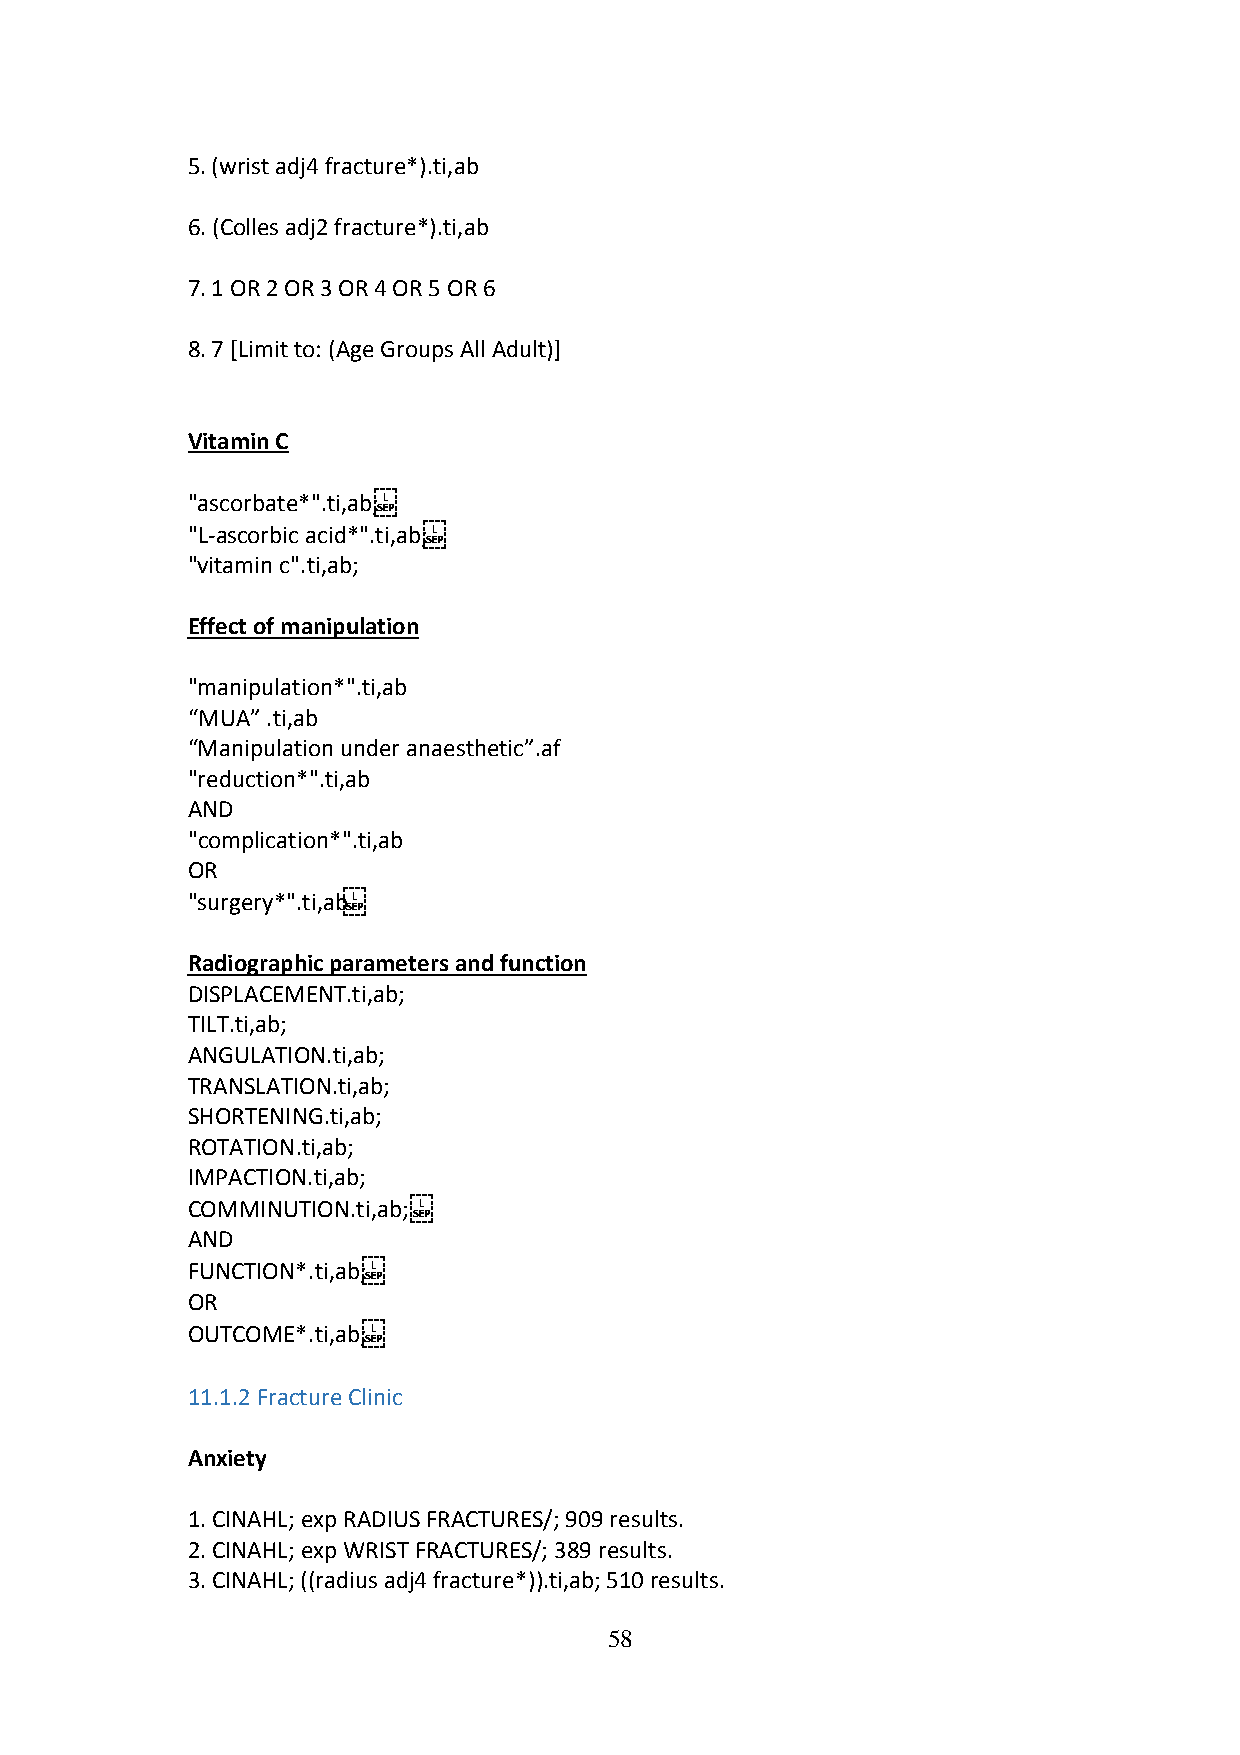
5. (wrist adj4 fracture*).ti,ab
 6. (Colles adj2 fracture*).ti,ab
 7. 1 OR 2 OR 3 OR 4 OR 5 OR 6
 8. 7 [Limit to: (Age Groups All Adult)]
 Vitamin C
 "ascorbate*".ti,ab;
 "L-ascorbic acid*".ti,ab;
 "vitamin c".ti,ab;
 Effect of manipulation
 "manipulation*".ti,ab
 “MUA” .ti,ab
 “Manipulation under anaesthetic”.af
 "reduction*".ti,ab
 AND
 "complication*".ti,ab
 OR
 "surgery*".ti,ab
 Radiographic parameters and function
 DISPLACEMENT.ti,ab;
 TILT.ti,ab;
 ANGULATION.ti,ab;
 TRANSLATION.ti,ab;
 SHORTENING.ti,ab;
 ROTATION.ti,ab;
 IMPACTION.ti,ab;
 COMMINUTION.ti,ab;
 AND
 FUNCTION*.ti,ab;
 OR
 OUTCOME*.ti,ab;
 11.1.2 Fracture Clinic
 Anxiety
 1. CINAHL; exp RADIUS FRACTURES/; 909 results.
 2. CINAHL; exp WRIST FRACTURES/; 389 results.
 3. CINAHL; ((radius adj4 fracture*)).ti,ab; 510 results.
 58